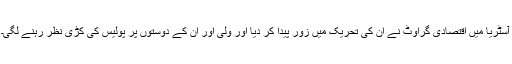
آسٹریا میں اقتصادی گراوٹ نے اُن کی تحریک میں زور پیدا کر دیا اور ولی اور اُن کے دوستوں پر پولیس کی کڑی نظر رہنے لگی۔